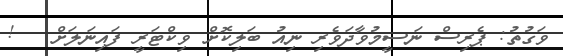
ވަގުތު: ޕެރިސް ނަސީމުވާދަވެރި ނިއު ބަލިކޮށް ވިކްޓަރީ ފައިނަލަށް   !